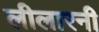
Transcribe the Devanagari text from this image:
लीलारनी